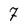
Character: 7